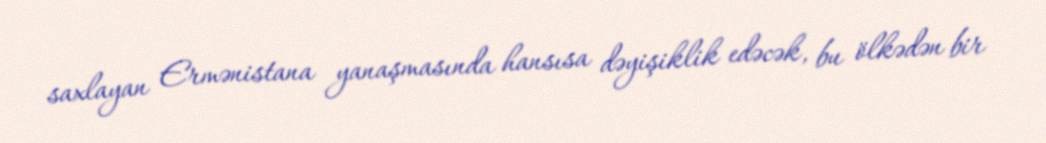
saxlayan Ermənistana yanaşmasında hansısa dəyişiklik edəcək, bu ölkədən bir